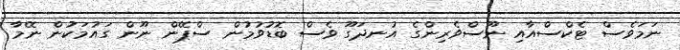
ނަމަވެސް ޓެކްސްއާއި ނޫސްވެރިންގެ އުނދަގޫ ވެސް ބޮޑުވުމުން ސްޕޭން ނޫން ގައުމަކުން ނޭމާ